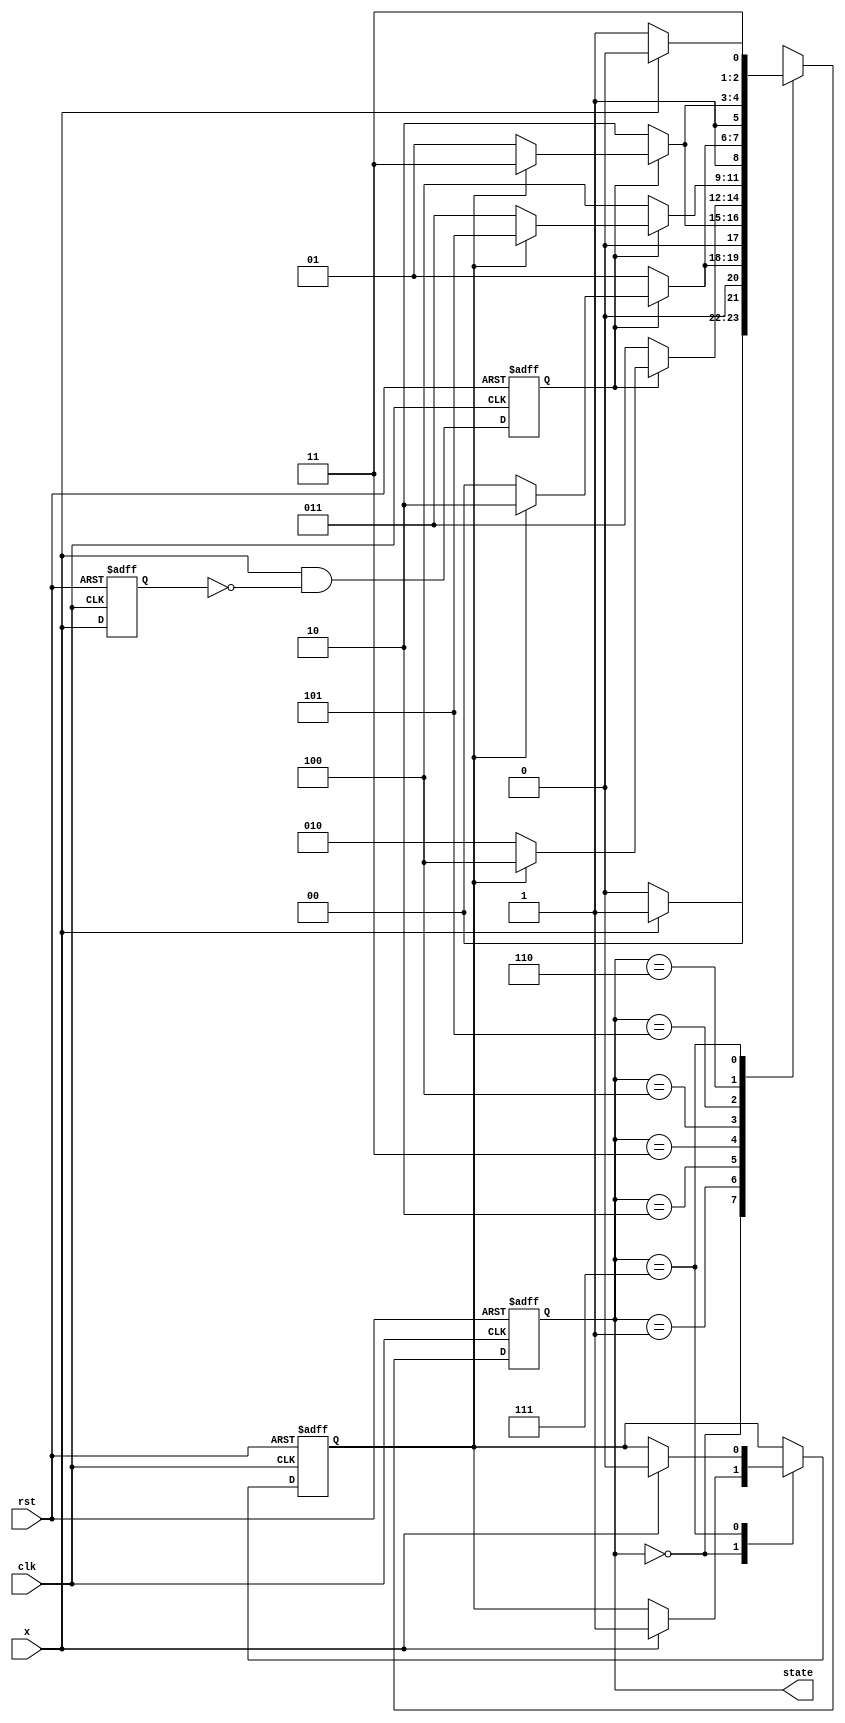
module UpDownCounter(clk, rst, x, state);

    input clk, rst;
    input x;
    reg up;
    reg x_reg, x_trig;
    output reg [2:0] state;

//
    always @(negedge rst or posedge clk) begin
        if (!rst) begin
            {x_reg, x_trig} <= 2'b00;
        end
        else begin
            x_reg <= x;
            x_trig <= x & ~x_reg;
        end
    end 

//  block1 : oneshot triger



// below paragraph is block 2, which defines counter.  when up is positive, counter is upcounter, up is negative, counter is downcounter.
    always @(negedge rst or posedge clk) begin
        if (!rst) begin
            state <= 2'b000;
            up <= 1;
        end
        else begin
            case (state)
                3'b000: begin
                    if (x == 1) begin 
                    state <= 3'b001;
                    up <=1;
                    end
                    else
                    state <= 3'b000;
                end
                3'b001: state<= x_trig ? (up ? 3'b010 : 3'b000) : 3'b001;
                3'b010: state<= x_trig ? (up ? 3'b011 : 3'b001) : 3'b010;
                3'b011: state<= x_trig ? (up ? 3'b100 : 3'b010) : 3'b011;
                3'b100: state<= x_trig ? (up ? 3'b101 : 3'b011) : 3'b100;
                3'b101: state<= x_trig ? (up ? 3'b110 : 3'b100) : 3'b101;
                3'b110: state<= x_trig ? (up ? 3'b111 : 3'b101) : 3'b110;
                3'b111: begin
                    if (x == 1) begin
                        state <= 3'b110;
                        up <= 0; // up ȣ 0 
                         end
                        else
                        state <= 3'b111;
end
            endcase
    end
    end
                
            

endmodule